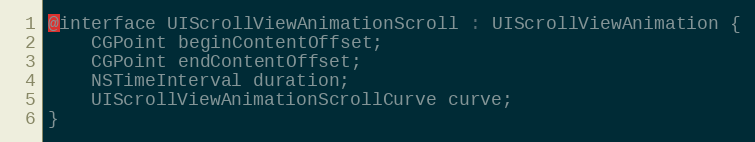
Language: C
@interface UIScrollViewAnimationScroll : UIScrollViewAnimation {
    CGPoint beginContentOffset;
    CGPoint endContentOffset;
    NSTimeInterval duration;
    UIScrollViewAnimationScrollCurve curve;
}